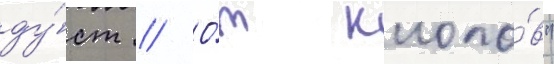
ду́ст // О́т клопо́в"